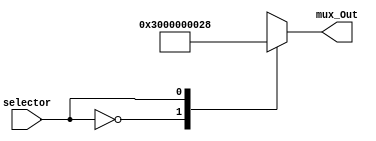
module Mux_Int_Cause(
  selector,
  mux_Out
    );

  input selector;
  output reg [31:0] mux_Out;
  
  always @ (*) begin
    case (selector)
      1'b0: 
        mux_Out = 32'h30;
      1'b1: 
        mux_Out = 32'h28;
      default: 
        mux_Out = 32'bx; 
    endcase
  end

endmodule